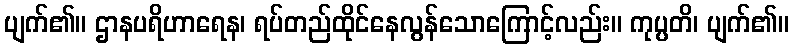
ပျက်၏။ ဌာနပရိဟာရေန၊ ရပ်တည်ထိုင်နေလွန်သောကြောင့်လည်း။ ကုပ္ပတိ၊ ပျက်၏။